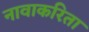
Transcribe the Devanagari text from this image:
नावाकरिता